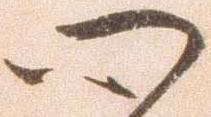
心